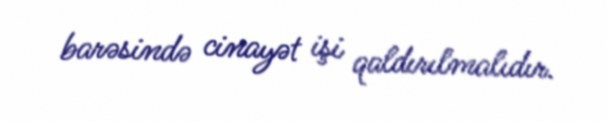
barəsində cinayət işi qaldırılmalıdır.